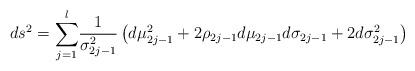
LaTeX: \begin{align*}ds_{}^{2}={\displaystyle\sum\limits_{j=1}^{l}}\frac{1}{\sigma_{2j-1}^{2}}\left( d\mu_{2j-1}^{2}+2\rho_{2j-1}d\mu_{2j-1}d\sigma_{2j-1}+2d\sigma_{2j-1}^{2}\right) \end{align*}